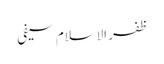
ظفر الاسلام سیفی